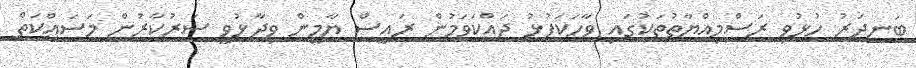
ބަނދަރު ހުޅުވި ރަސްމިއްޔާތުތަކުގައި ވާހަކަފުޅު ދައްކަވަމުން ރައީސް ޔާމީން ވިދާޅުވީ ސަރުކާރުން މަސައްކަތް